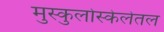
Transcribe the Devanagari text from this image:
मुस्कुलोस्केलेतल